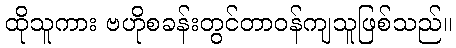
ထိုသူကား ဗဟိုစခန်းတွင်တာဝန်ကျသူဖြစ်သည်။